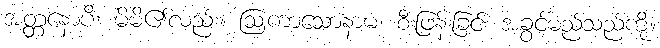
အတ္တနောပိ၊ မိမိ၏လည်း။ ဩကာသောနာမ၊ စီးဖြန်းခြင်း အခွင့်မည်သည်ကို။